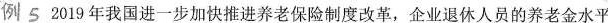
例5 2019年我国进一步加快推进养老保险制度改革，企业退休人员的养老金水平